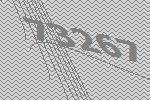
73267